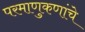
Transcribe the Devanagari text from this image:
परमाणुकणांचे